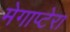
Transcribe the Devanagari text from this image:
मेगाप्टेरा